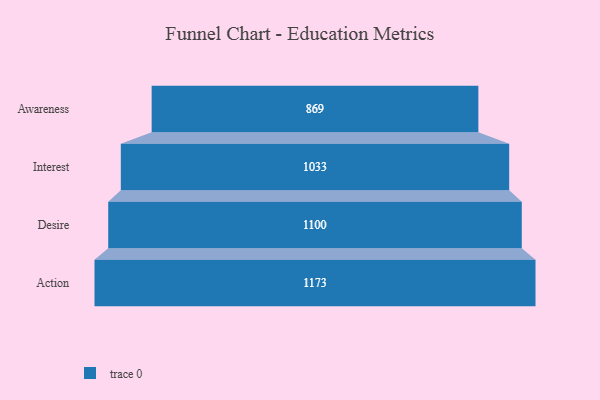
{"axis": {"x": "Stage", "y": "Value"}, "legend": [""], "data": [{"x": "Awareness", "y": 869.0, "type": ""}, {"x": "Interest", "y": 1033.0, "type": ""}, {"x": "Desire", "y": 1100.0, "type": ""}, {"x": "Action", "y": 1173.0, "type": ""}]}